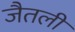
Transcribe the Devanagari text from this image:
जैतली